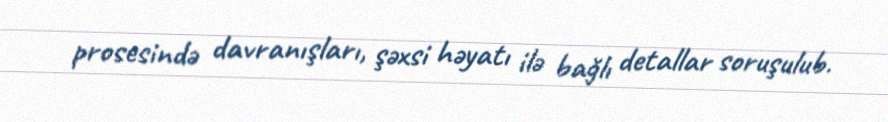
prosesində davranışları, şəxsi həyatı ilə bağlı detallar soruşulub.